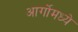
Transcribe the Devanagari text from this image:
आर्गोमध्ये